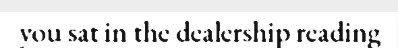
you sat in the dealership reading